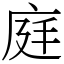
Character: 𨓍